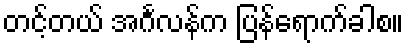
တင့်တယ် အင်္ဂလန်က ပြန်ရောက်ခါစ။